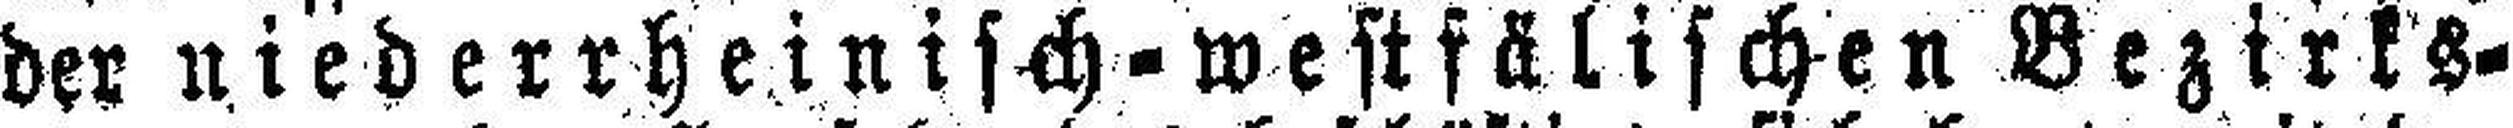
der niederrheinisch=westfälischen Bezirks¬